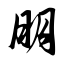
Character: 朋